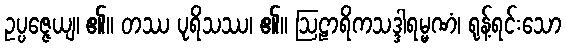
ဥပ္ပဇ္ဇေယျ၊ ၏။ တဿ ပုရိသဿ၊ ၏။ ဩဠာရိကသဒ္ဒါရမ္မဏံ၊ ရုန့်ရင်းသော